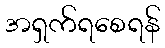
အရှက်ရစေရန်